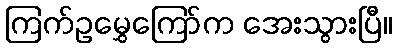
ကြက်ဥမွှေကြော်က အေးသွားပြီ။